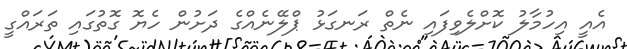
އެއީ އިހުމާލު ކޮށްލެވިފައި ނެތް ރަނގަޅު ޕްލޭނެއްގެ ދަށުން ހެޔޮ ގޮތުގައި ތަރައްގީ